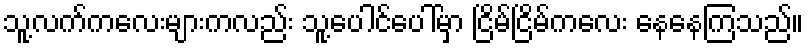
သူ့လက်ကလေးများကလည်း သူ့ပေါင်ပေါ်မှာ ငြိမ်ငြိမ်ကလေး နေနေကြသည်။